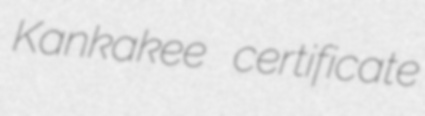
Kankakee certificate